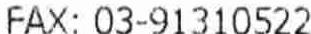
FAX: 03-91310522